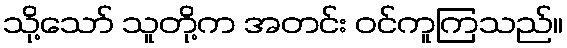
သို့သော် သူတို့က အတင်း ဝင်ကူကြသည်။